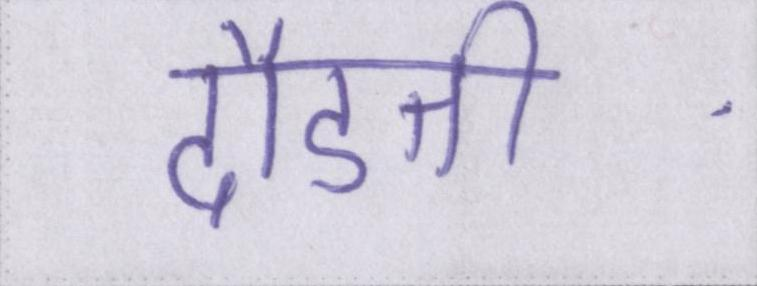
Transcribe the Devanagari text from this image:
दौडती